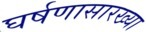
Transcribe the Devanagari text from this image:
घर्षणासारख्या